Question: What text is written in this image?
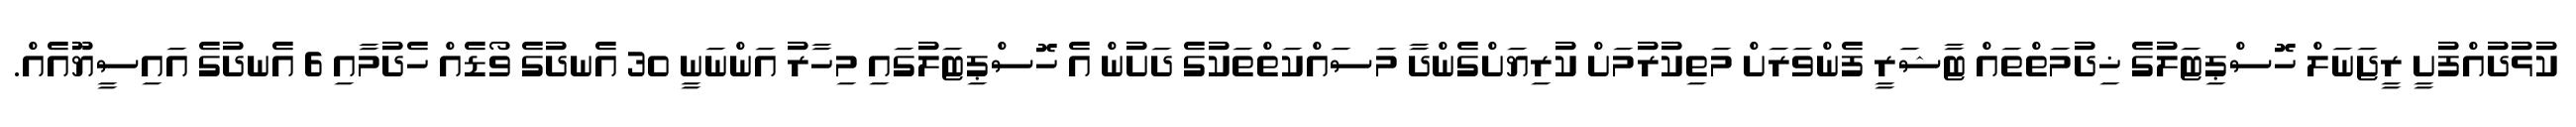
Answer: ކުޅުދުއްފުށީ ރީޖަނަލް ހޮސްޕިޓަލުގެ ޚިދުމަތްތައް ޓާޝަރީ ފެންވަރަށް މަތިކުރުމަށް ކުރިޔަށްގެންދާ މަސައްކަތްތަކުގެ ދަށުން އެ ހޮސްޕިޓަލުގައި މިހާރު އަންނަނީ 30 އެނދުގެ ވޯޑެއް ހެދުމާއި 6 އެނދުގެ އައިސީޔޫއެއް.